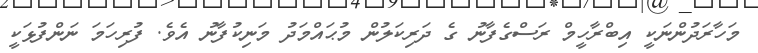
މަހާރަދުންނަކީ އިބްރާހީމް ރަސްގެފާނު ގެ ދަރިކަލުން މުޙައްމަދު މަނިކުފާނު އެވެ. ފުރިހަމަ ނަންފުޅަކީ